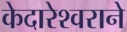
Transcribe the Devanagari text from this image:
केदारेश्वराने